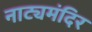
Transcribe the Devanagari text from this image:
नाट्यमंदिर